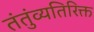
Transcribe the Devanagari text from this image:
तंतुंव्यतिरिक्त